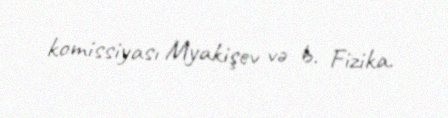
komissiyası Myakişev və b. Fizika.